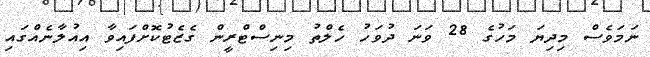
ނަމަވެސް މިދިޔަ މަހުގެ 28 ވަނަ ދުވަހު ހެލްތު މިނިސްޓްރީން ގެޒެޓުކޮށްފައިވާ އިއުލާނެއްގައި